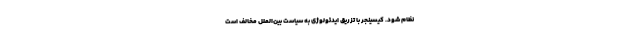
نظام شود. کیسینجر با تزریق ایدئولوژی به سیاست بین‌الملل مخالف است